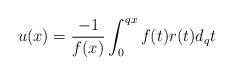
LaTeX: \begin{align*} u(x) = \frac{-1}{f(x)}\int_{0}^{qx} f(t) r(t) d_qt \end{align*}